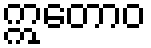
ဣတောဝ